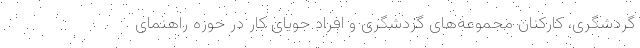
گردشگری، کارکنان مجموعه‌های گردشگری و افراد جویای کار در حوزه راهنمای